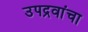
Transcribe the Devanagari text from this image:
उपद्रवांचा